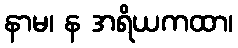
နာမ၊ န အရိယကထာ၊